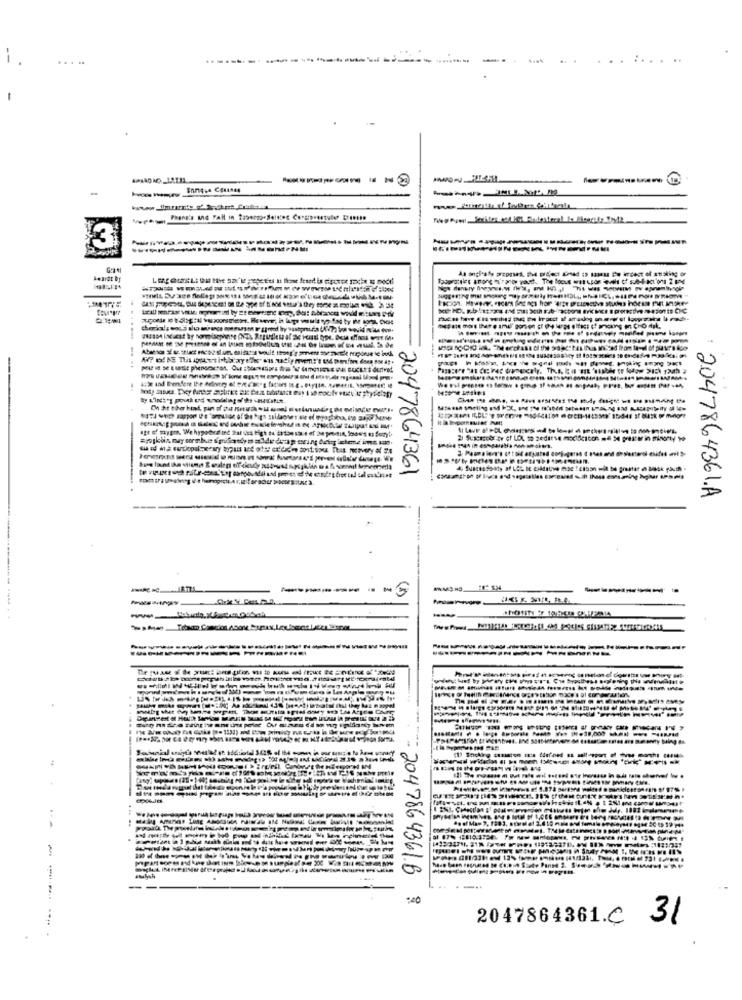
........
-
...
----------------
-
-. ..
2047864361
2047864361.A
-----
-------
----------------
..
JdF- 1883
... ..
ASMAY
---
PanM 2.
whysh
-
* 2047864361B ;
2047864361.C 31